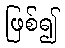
ဖြစ်၍